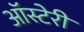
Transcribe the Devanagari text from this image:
ऑस्टेरी